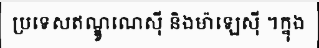
ប្រទេសឥណ្ឌូណេស៊ី និងម៉ាឡេស៊ី ។ក្នុង